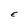
Character: E